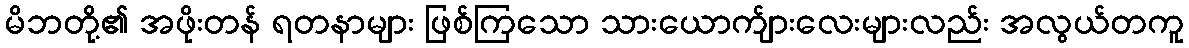
မိဘတို့၏ အဖိုးတန် ရတနာများ ဖြစ်ကြသော သားယောက်ျားလေးများလည်း အလွယ်တကူ